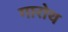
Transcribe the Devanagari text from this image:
गारोथ